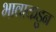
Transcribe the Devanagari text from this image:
भावाकडुन